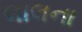
લાલના